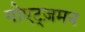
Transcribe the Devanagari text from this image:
गोएट्ज़मन